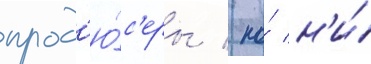
прод'ю́с'еры / но́ н'и́